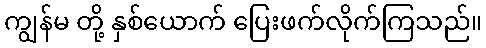
ကျွန်မ တို့ နှစ်ယောက် ပြေးဖက်လိုက်ကြသည်။